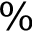
\%